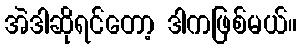
အဲဒါဆိုရင်တော့ ဒါကဖြစ်မယ်။